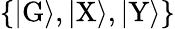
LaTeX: \{ |\mathrm{G}\rangle,|\mathrm{X}\rangle,|\mathrm{Y}\rangle\}